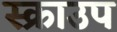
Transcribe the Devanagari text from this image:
स्क्राउप